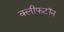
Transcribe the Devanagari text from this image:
क्लीफटॉन